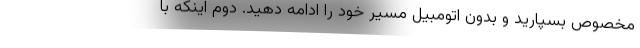
مخصوص بسپارید و بدون اتومبیل مسیر خود را ادامه دهید. دوم اینکه با